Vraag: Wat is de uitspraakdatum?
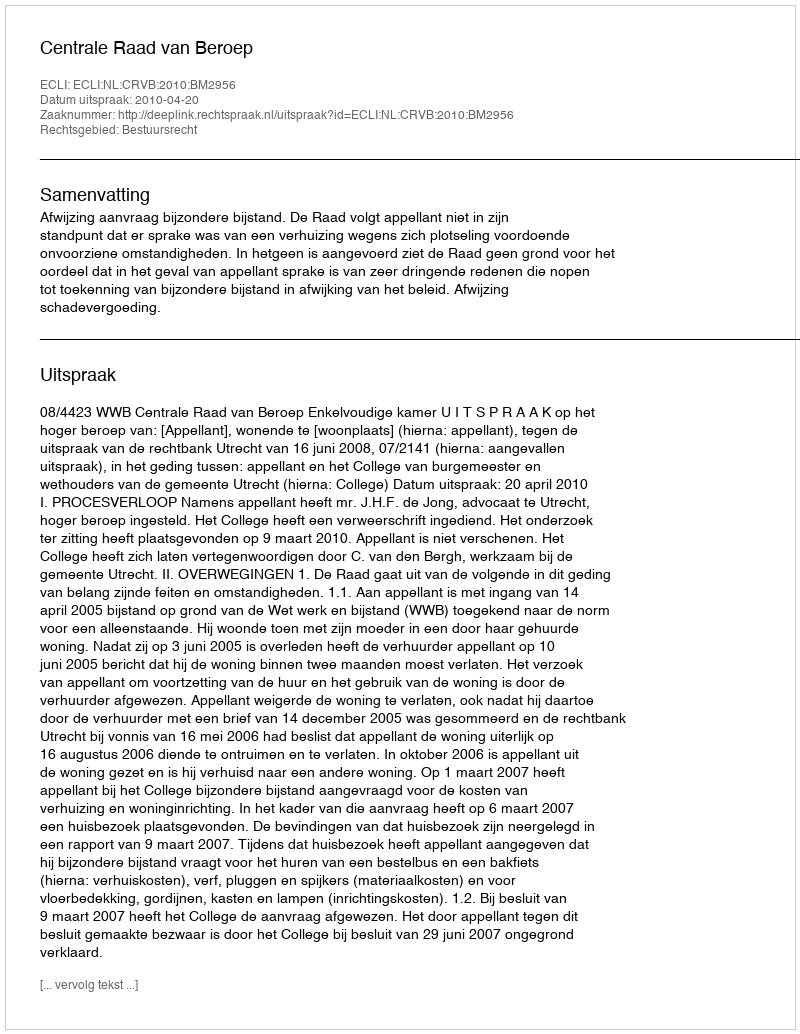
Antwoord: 2010-04-20